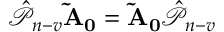
\mathcal { \hat { P } } _ { n - v } \mathbf { \tilde { A } _ { 0 } } = \mathbf { \tilde { A } _ { 0 } } \mathcal { \hat { P } } _ { n - v }